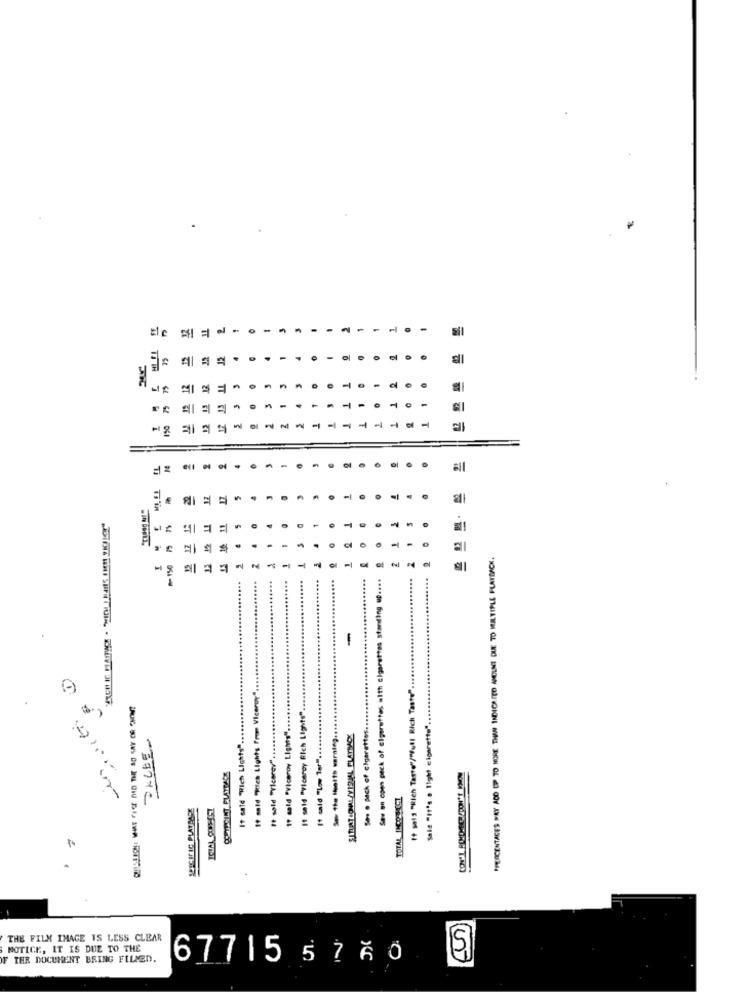
--
.
79
.
75
12
12
-
-
all
-
.
.
17
=
.
10 11
5
75
-
"PERCENTAGES MAY ADD UP TO MORE THAN INDICA TED AMOUNT DUE TO MULTIPLE PLAYBACK.
- 150
13
2
2
2
-1
-
Sav on con peck of cigarettes with cigarettes starting up ....
...
....
...
-
19 sale "Tes Lights From Viceroy".
If sals "Rich Taste"/"Full Rich Taste".
It said "Viceroy Rich Lights".
Sala "It's a light cigarette" ...
Ses · pack of cigarettes ..
PACEE
If sold "Viceroy Lights"
So the Health warning ..
If satd "Rich Lights".
It sold "Ylcarav" ...
It cald "Low 1st" ..
TOTAL INCORRECT
SPECIFIC PLATEARE
THE FILM IMAGE IS LESS CLEAR
Un.
O.
MOTICE, IT IS DUE TO THE
F TER DOCUMENT BRING FILED.
67715 5760
151